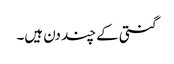
گنتی کے چند دن ہیں۔